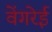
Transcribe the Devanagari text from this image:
वेंगरेई